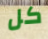
كل